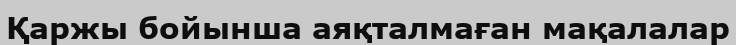
Қаржы бойынша аяқталмаған мақалалар